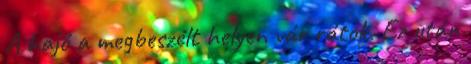
A hajó a megbeszélt helyen vár rátok. Ez után